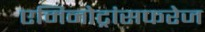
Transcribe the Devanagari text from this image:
एमिनोट्रांसफरेज